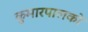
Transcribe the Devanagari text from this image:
कुमारपालको